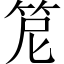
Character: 𥬩